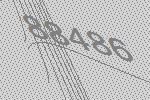
88486